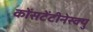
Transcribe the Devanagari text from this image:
कोंसटेंटीनेस्क्यु